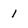
Character: 1